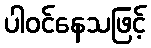
ပါဝင်နေသဖြင့်